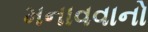
મનાવવાનો